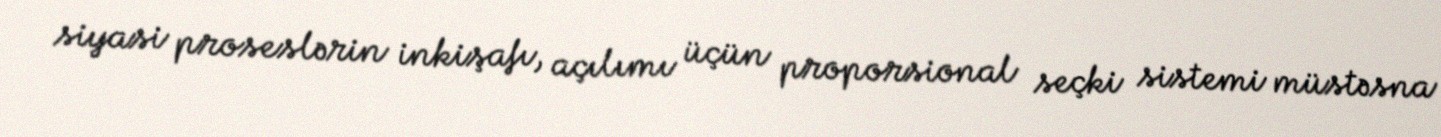
siyasi proseslərin inkişafı, açılımı üçün proporsional seçki sistemi müstəsna